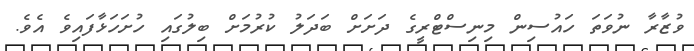
ވުޒާރާ ނުވަތަ ހައުސިން މިނިސްޓްރީގެ ދަށަށް ބަދަލު ކުރުމަށް ބިލުގައި ހުށަހަޅާފައިވެ އެވެ.